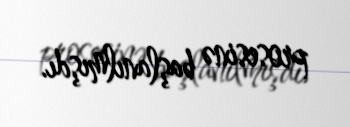
prosesinə başlanılmışdı.